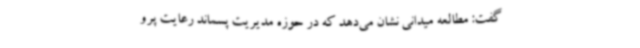
گفت: مطالعه میدانی نشان می‌دهد که در حوزه مدیریت پسماند رعایت پرو